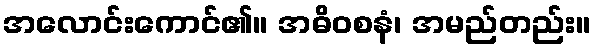
အလောင်းကောင်၏။ အဓိဝစနံ၊ အမည်တည်း။